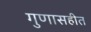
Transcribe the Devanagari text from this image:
गुणासहीत